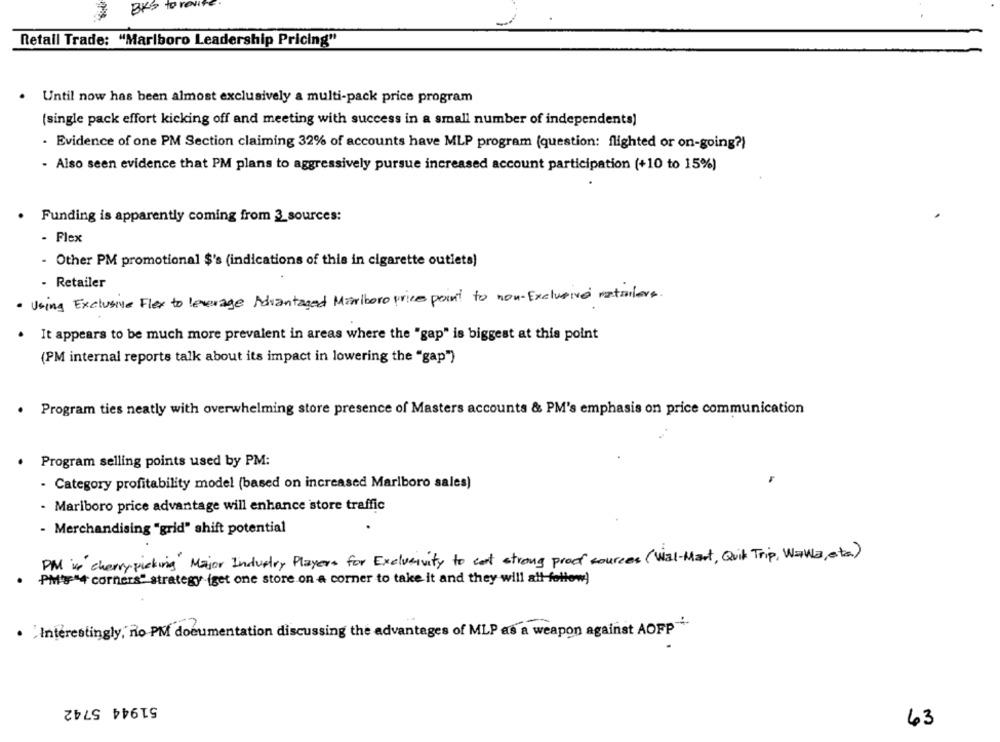
BKS to real
Retail Trade: "Marlboro Leadership Pricing"
.
Until now has been almost exclusively a multi-pack price program
(single pack effort kicking off and meeting with success in a small number of independents)
- Evidence of one PM Section claiming 32% of accounts have MLP program (question: flighted or on-going?)
- Also seen evidence that PM plans to aggressively pursue increased account participation (+10 to 15%)
Funding is apparently coming from 3_sources:
- Flex
- Other PM promotional $'s (indications of this in cigarette outlets)
- Retailer
· Using Exclusive Flex to leverage Advantaged Marlboro price point to non-Exclusive natalers.
It appears to be much more prevalent in areas where the "gap" is biggest at this point
(PM internal reports talk about its impact in lowering the "gap")
. Program ties neatly with overwhelming store presence of Masters accounts & PM's emphasis on price communication
Program selling points used by PM:
- Category profitability model (based on increased Marlboro sales)
- Marlboro price advantage will enhance store traffic
- Merchandising "grid" shift potential
PM is cherrypicking Major Industry Players for Exclusivity to cant strong proof sources (Wal-Mart, Quik Trip, Wawa, ata)
PM'"+ corners" strategy (get one store on a corner to take it and they will all follow)
. "Interestingly, Ro PM documentation discussing the advantages of MLP as a weapon against AOFP"
51944 5742
63